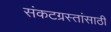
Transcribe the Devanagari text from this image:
संकटग्रस्तांसाठी